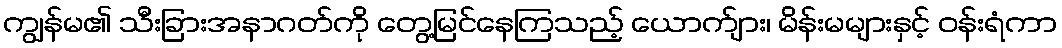
ကျွန်မ၏ သီးခြားအနာဂတ်ကို တွေ့မြင်နေကြသည့် ယောက်ျား၊ မိန်းမများနှင့် ဝန်းရံကာ